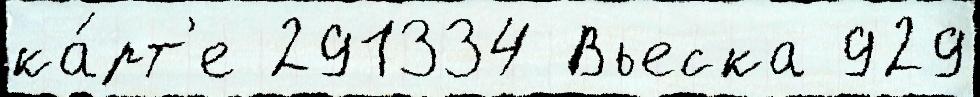
ка́рт'е 291334 Вьеска 929